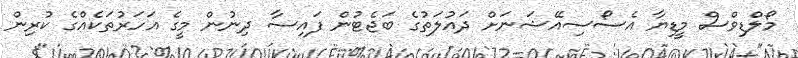
މޯލްޑިވްސް މީޑިޔާ އެސޯސިއޭޝަނަށް ދައުލަތުގެ ބަޖެޓުން ފައިސާ ދިނުން މީގެ އަހަރުތަކެއްގެ ކުރިން